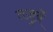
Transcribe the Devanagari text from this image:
तज़ुर्बे